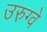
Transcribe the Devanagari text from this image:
उरुग्‍वे